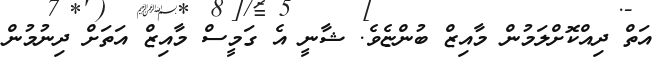
އަތް ދިއްކޮށްލަމުން މާއިޒް ބުންޏެވެ. ޝާނީ އެ ގަމީސް މާއިޒް އަތަށް ދިނުމުން